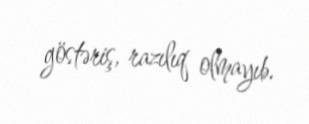
göstəriş, razılıq olmayıb.